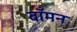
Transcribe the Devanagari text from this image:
बाँमन